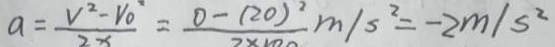
a = \frac { V ^ { 2 } - V _ { 0 } } { 2 x } = \frac { 0 - ( 2 0 ) ^ { 2 } } { 2 \times 1 0 0 } m / s ^ { 2 } = - 2 m / s ^ { 2 }